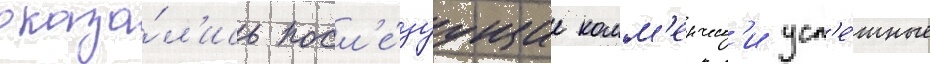
оказа́л'ись посл'е́дуущие комм'ерческ'и усп'е́шные